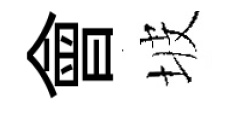
會坡